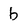
Character: b